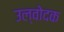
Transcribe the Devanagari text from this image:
उल्वोदक